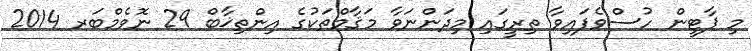
މި ޕާޓީން ހުސްވެފައިވާ ތިރީގައި މިދަންނަވާ މަޤާމްތަކުގެ އިންތިޚާބް 29 ނޮވެމްބަރ 2014